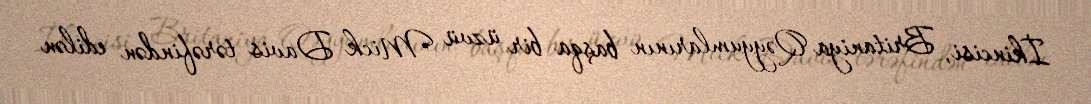
İkincisi, Britaniya Qəyyumlarının başqa bir üzvü Mick Davis tərəfindən edilən